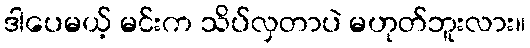
ဒါပေမယ့် မင်းက သိပ်လှတာပဲ မဟုတ်ဘူးလား။